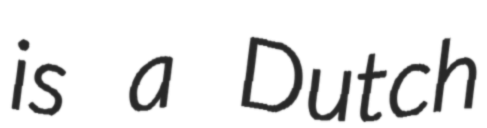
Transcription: is a Dutch